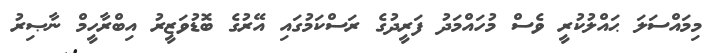
މިމައްސަލަ ޙައްލުކުރީ ވެސް މުހައްމަދު ފަރީދުގެ ރަސްކަމުގައި އޭރުގެ ބޮޑުވަޒީރު އިބްރާހީމް ނާޞިރު